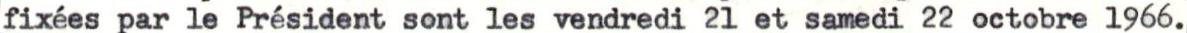
fixées par le Président sont les vendredi 2l et samedi 22 octobre 1966.